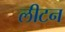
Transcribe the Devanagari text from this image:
लीटन